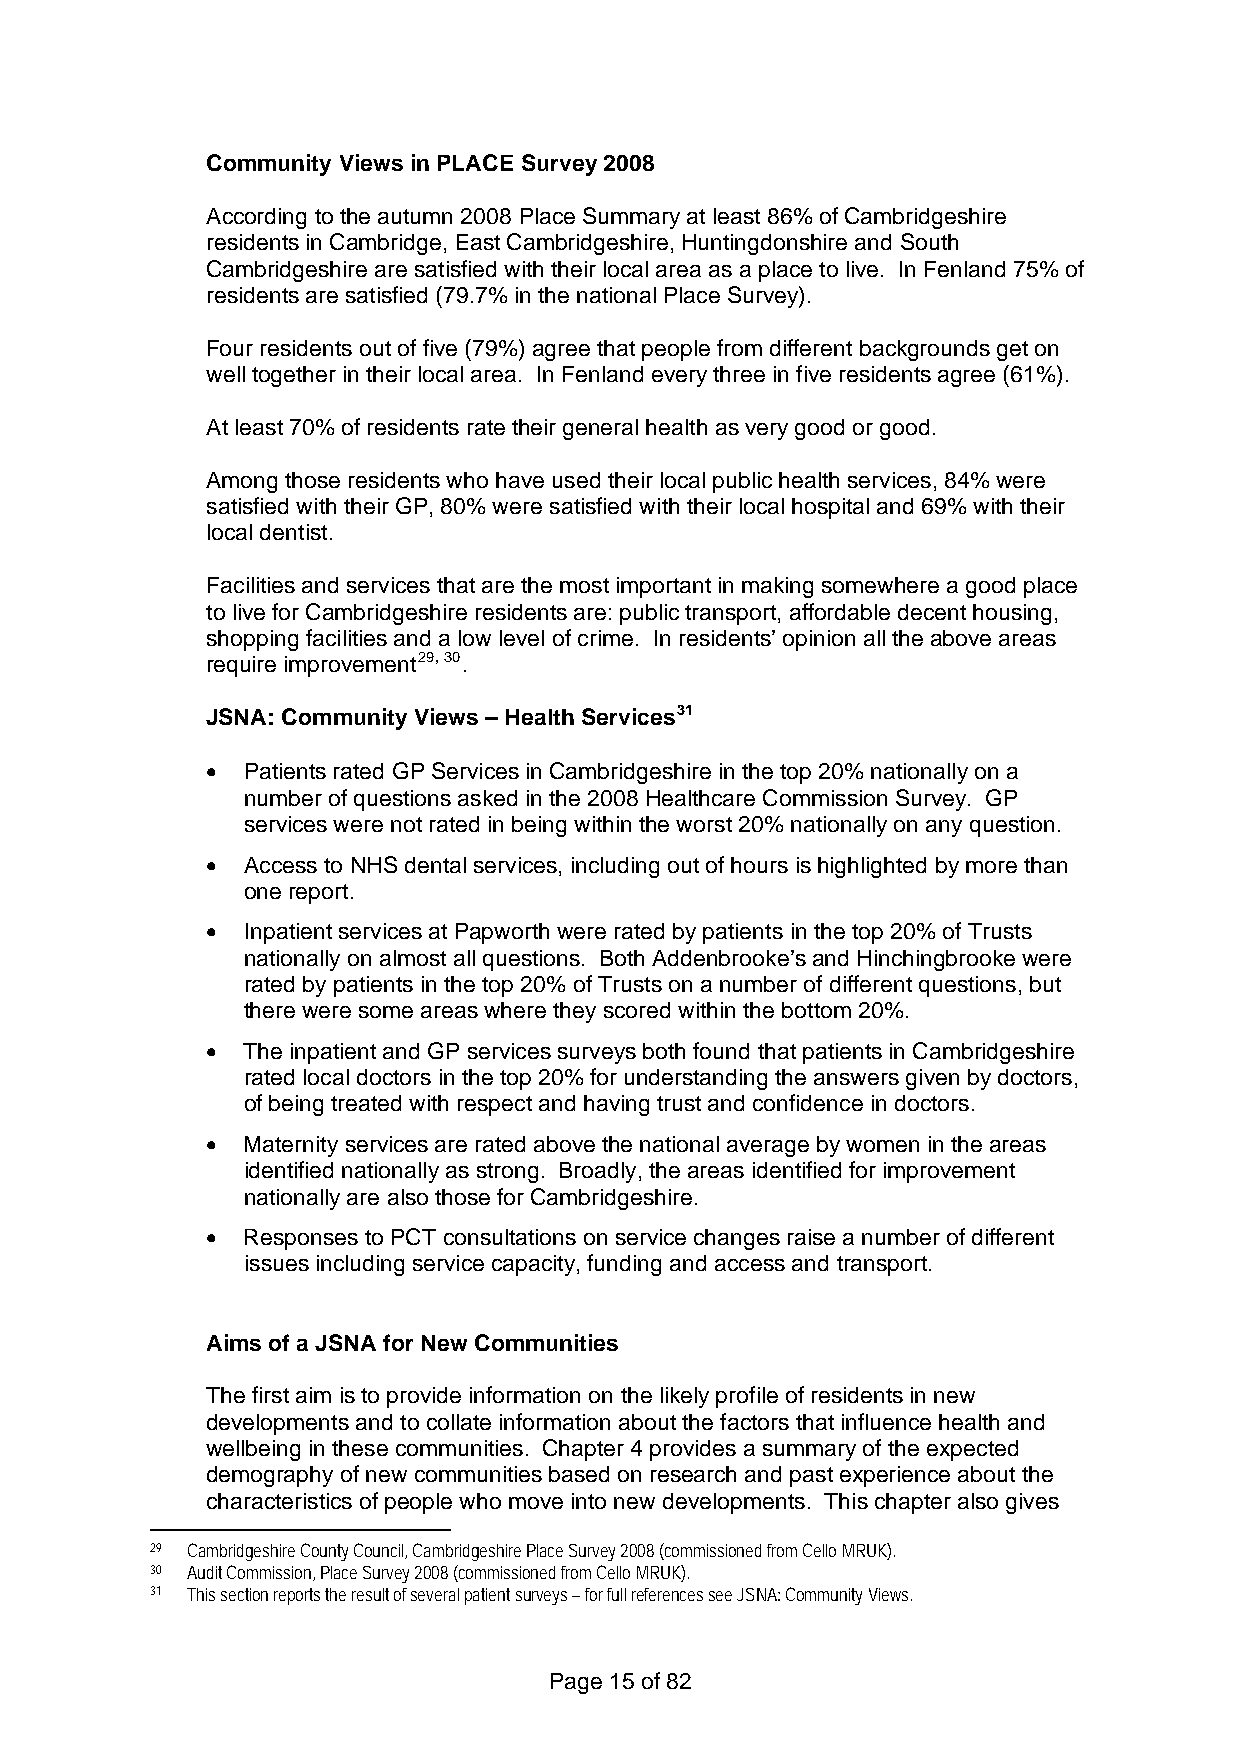
Community Views in PLACE Survey 2008
 According to the autumn 2008 Place Summary at least 86% of Cambridgeshire
 residents in Cambridge, East Cambridgeshire, Huntingdonshire and South
 Cambridgeshire are satisfied with their local area as a place to live. In Fenland 75% of
 residents are satisfied (79.7% in the national Place Survey).
 Four residents out of five (79%) agree that people from different backgrounds get on
 well together in their local area. In Fenland every three in five residents agree (61%).
 At least 70% of residents rate their general health as very good or good.
 Among those residents who have used their local public health services, 84% were
 satisfied with their GP, 80% were satisfied with their local hospital and 69% with their
 local dentist.
 Facilities and services that are the most important in making somewhere a good place
 to live for Cambridgeshire residents are: public transport, affordable decent housing,
 shopping facilities and a low level of crime. In residents’ opinion all the above areas
 require improvement29, 30.
 JSNA: Community Views – Health Services31
 • Patients rated GP Services in Cambridgeshire in the top 20% nationally on a
 number of questions asked in the 2008 Healthcare Commission Survey. GP
 services were not rated in being within the worst 20% nationally on any question.
 • Access to NHS dental services, including out of hours is highlighted by more than
 one report.
 • Inpatient services at Papworth were rated by patients in the top 20% of Trusts
 nationally on almost all questions. Both Addenbrooke’s and Hinchingbrooke were
 rated by patients in the top 20% of Trusts on a number of different questions, but
 there were some areas where they scored within the bottom 20%.
 • The inpatient and GP services surveys both found that patients in Cambridgeshire
 rated local doctors in the top 20% for understanding the answers given by doctors,
 of being treated with respect and having trust and confidence in doctors.
 • Maternity services are rated above the national average by women in the areas
 identified nationally as strong. Broadly, the areas identified for improvement
 nationally are also those for Cambridgeshire.
 • Responses to PCT consultations on service changes raise a number of different
 issues including service capacity, funding and access and transport.
 Aims of a JSNA for New Communities
 The first aim is to provide information on the likely profile of residents in new
 developments and to collate information about the factors that influence health and
 wellbeing in these communities. Chapter 4 provides a summary of the expected
 demography of new communities based on research and past experience about the
 characteristics of people who move into new developments. This chapter also gives
 29 Cambridgeshire County Council, Cambridgeshire Place Survey 2008 (commissioned from Cello MRUK).
 30 Audit Commission, Place Survey 2008 (commissioned from Cello MRUK).
 31 This section reports the result of several patient surveys – for full references see JSNA: Community Views.
 Page 15 of 82